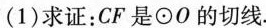
(1)求证：CF是⊙O的切线。